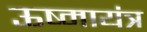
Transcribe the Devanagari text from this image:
ऊष्मायंत्र